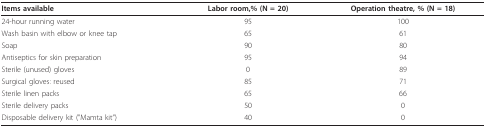
<table><thead><tr><td><b>Items available</b></td><td><b>Labor room,% (N = 20)</b></td><td><b>Operation theatre, % (N = 18)</b></td></tr></thead><tbody><tr><td>24-hour running water</td><td>95</td><td>100</td></tr><tr><td>Wash basin with elbow or knee tap</td><td>65</td><td>61</td></tr><tr><td>Soap</td><td>90</td><td>80</td></tr><tr><td>Antiseptics for skin preparation</td><td>95</td><td>94</td></tr><tr><td>Sterile (unused) gloves</td><td>0</td><td>89</td></tr><tr><td>Surgical gloves: reused</td><td>85</td><td>71</td></tr><tr><td>Sterile linen packs</td><td>65</td><td>66</td></tr><tr><td>Sterile delivery packs</td><td>50</td><td>0</td></tr><tr><td>Disposable delivery kit (&quot;Mamta kit&quot;)</td><td>40</td><td>0</td></tr></tbody></table>